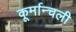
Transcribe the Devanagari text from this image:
कूर्मान्चली